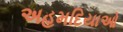
અહમદિયાઓ